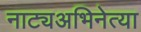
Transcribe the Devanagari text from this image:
नाट्यअभिनेत्या